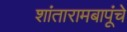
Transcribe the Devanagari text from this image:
शांतारामबापूंचे